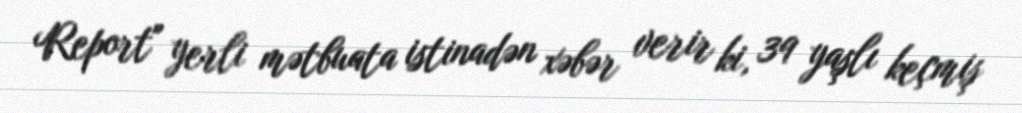
Report" yerli mətbuata istinadən xəbər verir ki, 39 yaşlı keçmiş